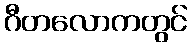
ဂီတလောကတွင်